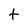
Character: t